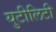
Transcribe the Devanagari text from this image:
युटीलिटी